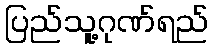
ပြည်သူ့ဂုဏ်ရည်